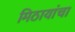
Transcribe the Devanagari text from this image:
मिठायांचा